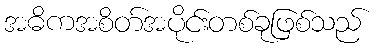
အဓိကအစိတ်အပိုင်းတစ်ခုဖြစ်သည်